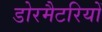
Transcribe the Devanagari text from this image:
डोरमैटरियों